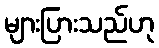
များပြားသည်ဟု